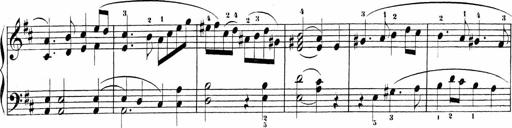
Title: Sonatinas
Composer: Andrew Violette